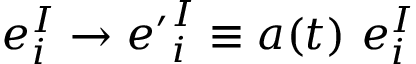
e _ { i } ^ { I } \to { e ^ { \prime } } _ { i } ^ { I } \equiv a ( t ) ~ e _ { i } ^ { I }